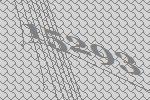
15293